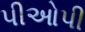
પીઓપી